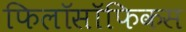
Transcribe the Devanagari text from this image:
फिलॉसॉफिकस